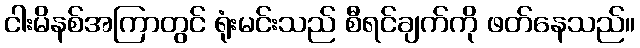
ငါးမိနစ်အကြာတွင် ရုံးမင်းသည် စီရင်ချက်ကို ဖတ်နေသည်။